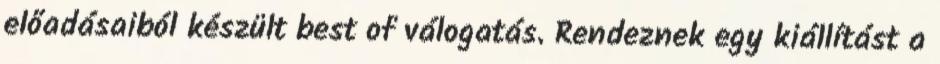
előadásaiból készült best of válogatás. Rendeznek egy kiállítást a